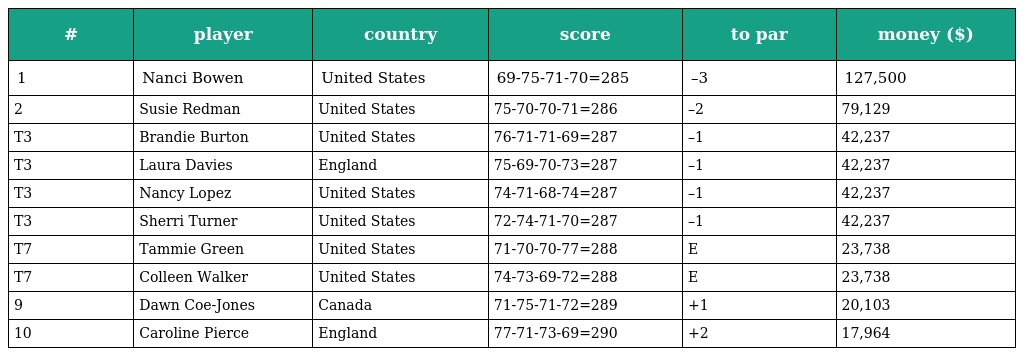
| # | player | country | score | to par | money ($) |
 | --- | --- | --- | --- | --- | --- |
 | 1 | Nanci Bowen | United States | 69-75-71-70=285 | –3 | 127,500 |
 | 2 | Susie Redman | United States | 75-70-70-71=286 | –2 | 79,129 |
 | T3 | Brandie Burton | United States | 76-71-71-69=287 | –1 | 42,237 |
 | T3 | Laura Davies | England | 75-69-70-73=287 | –1 | 42,237 |
 | T3 | Nancy Lopez | United States | 74-71-68-74=287 | –1 | 42,237 |
 | T3 | Sherri Turner | United States | 72-74-71-70=287 | –1 | 42,237 |
 | T7 | Tammie Green | United States | 71-70-70-77=288 | E | 23,738 |
 | T7 | Colleen Walker | United States | 74-73-69-72=288 | E | 23,738 |
 | 9 | Dawn Coe-Jones | Canada | 71-75-71-72=289 | +1 | 20,103 |
 | 10 | Caroline Pierce | England | 77-71-73-69=290 | +2 | 17,964 |